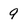
Character: 9